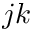
j k